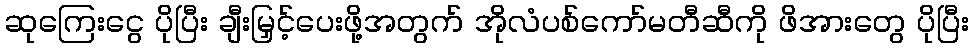
ဆုကြေးငွေ ပိုပြီး ချီးမြှင့်ပေးဖို့အတွက် အိုလံပစ်ကော်မတီဆီကို ဖိအားတွေ ပိုပြီး